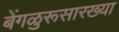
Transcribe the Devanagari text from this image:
बेंगळुरूसारख्या